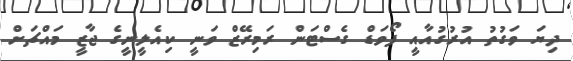
ދިޔަ ވަގުތު އުރުގުއާއީ ފޯވަޑް ގެސްޓަން ރަމިރޭޒް ވަނީ ކިއެލީނީގެ ޖާޒީ މައްޗަށް